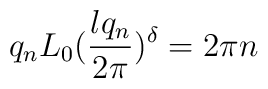
q_nL_0(\frac{lq_n}{2\pi })^{\delta }=2\pi n